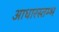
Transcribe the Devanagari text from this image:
आधारस्तम्भ